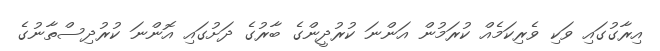
އިރާގުގައި ވަކި ވެރިކަމެއް ކުރަމުން އަންނަ ކުރުދީންގެ ބާރުގެ ދަށުގައި އޮންނަ ކުރުދިސްތާނުގެ